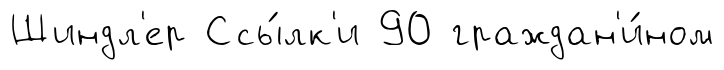
Шиндл'ер Ссы́лк'и 90 граждан'и́ном